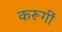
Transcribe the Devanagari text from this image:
करूगीं